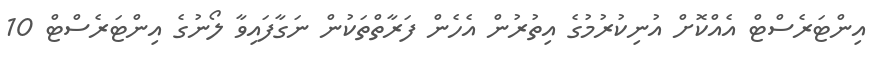
އިންޓަރެސްޓް އެއްކޮށް އުނިކުރުމުގެ އިތުރުން އެހެން ފަރާތްތަކުން ނަގާފައިވާ ލޯނުގެ އިންޓަރެސްޓް 10